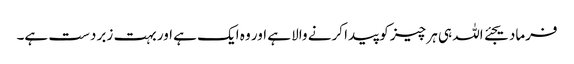
فرمادیجئے اللہ ہی ہر چیز کو پیدا کرنے والا ہے اور وہ ایک ہے اور بہت زبر دست ہے۔